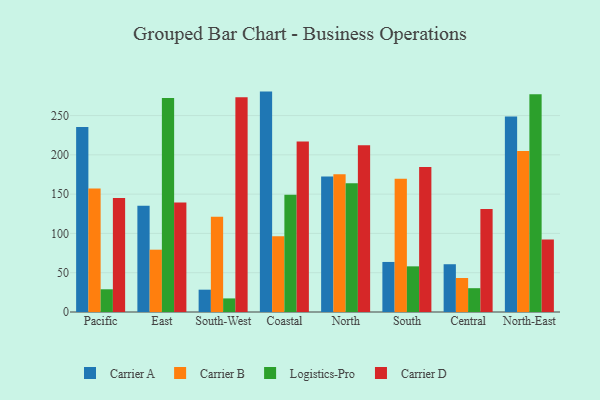
{"axis": {"x": "Region", "y": "Budget (USD K)"}, "legend": ["Carrier A", "Carrier B", "Carrier D", "Logistics-Pro"], "data": [{"x": "Pacific", "y": 235.3, "type": "Carrier A"}, {"x": "Pacific", "y": 157.3, "type": "Carrier B"}, {"x": "Pacific", "y": 28.9, "type": "Logistics-Pro"}, {"x": "Pacific", "y": 145.1, "type": "Carrier D"}, {"x": "East", "y": 135.1, "type": "Carrier A"}, {"x": "East", "y": 79.3, "type": "Carrier B"}, {"x": "East", "y": 272.2, "type": "Logistics-Pro"}, {"x": "East", "y": 139.4, "type": "Carrier D"}, {"x": "South-West", "y": 28.4, "type": "Carrier A"}, {"x": "South-West", "y": 121.3, "type": "Carrier B"}, {"x": "South-West", "y": 17.3, "type": "Logistics-Pro"}, {"x": "South-West", "y": 273.2, "type": "Carrier D"}, {"x": "Coastal", "y": 280.5, "type": "Carrier A"}, {"x": "Coastal", "y": 96.3, "type": "Carrier B"}, {"x": "Coastal", "y": 149.2, "type": "Logistics-Pro"}, {"x": "Coastal", "y": 217.0, "type": "Carrier D"}, {"x": "North", "y": 172.3, "type": "Carrier A"}, {"x": "North", "y": 175.3, "type": "Carrier B"}, {"x": "North", "y": 164.0, "type": "Logistics-Pro"}, {"x": "North", "y": 212.1, "type": "Carrier D"}, {"x": "South", "y": 63.7, "type": "Carrier A"}, {"x": "South", "y": 169.5, "type": "Carrier B"}, {"x": "South", "y": 58.1, "type": "Logistics-Pro"}, {"x": "South", "y": 184.4, "type": "Carrier D"}, {"x": "Central", "y": 60.8, "type": "Carrier A"}, {"x": "Central", "y": 43.3, "type": "Carrier B"}, {"x": "Central", "y": 30.3, "type": "Logistics-Pro"}, {"x": "Central", "y": 131.1, "type": "Carrier D"}, {"x": "North-East", "y": 248.8, "type": "Carrier A"}, {"x": "North-East", "y": 205.0, "type": "Carrier B"}, {"x": "North-East", "y": 277.2, "type": "Logistics-Pro"}, {"x": "North-East", "y": 92.3, "type": "Carrier D"}]}